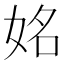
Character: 姳